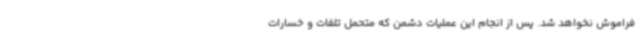
فراموش نخواهد شد. پس از انجام این عملیات دشمن که متحمل تلفات و خسارات